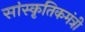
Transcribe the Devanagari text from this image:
सांस्कृतिकमंत्री